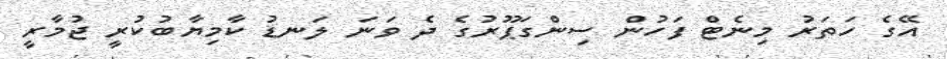
އޭގެ ހަތަރު މިނެޓް ފަހުން ސިންގަޕޫރުގެ ދެ ވަނަ ލަނޑު ކާމިޔާބުކުރީ ޖުމާރީ